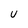
Character: u